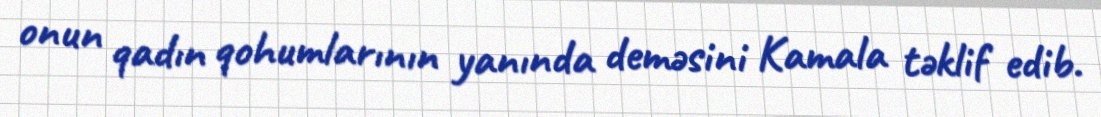
onun qadın qohumlarının yanında deməsini Kamala təklif edib.